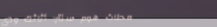
محلات هوم سنتر: أثاثك ودي